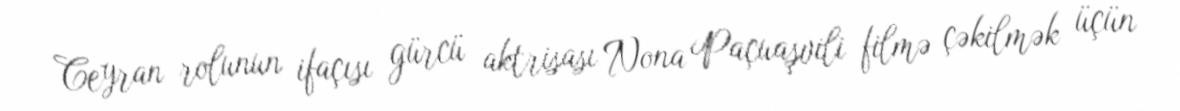
Ceyran rolunun ifaçısı gürcü aktrisası Nona Paçuaşvili filmə çəkilmək üçün